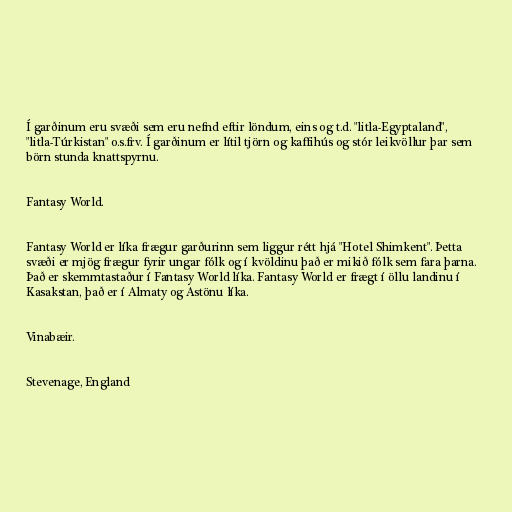
Í garðinum eru svæði sem eru nefnd eftir löndum, eins og t.d. "litla-Egyptaland",
"litla-Túrkistan" o.s.frv. Í garðinum er lítil tjörn og kaffihús og stór leikvöllur þar sem
börn stunda knattspyrnu.

Fantasy World.

Fantasy World er líka frægur garðurinn sem liggur rétt hjá "Hotel Shimkent". Þetta
svæði er mjög frægur fyrir ungar fólk og í kvöldinu það er mikið fólk sem fara þarna.
Það er skemmtastaður í Fantasy World líka. Fantasy World er frægt í öllu landinu í
Kasakstan, það er í Almaty og Astönu líka.

Vinabæir.

Stevenage, England